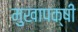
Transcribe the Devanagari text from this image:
मुखापक्षी